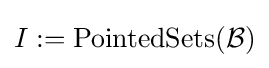
I:=\operatorname {PointedSets} ({\mathcal {B}})